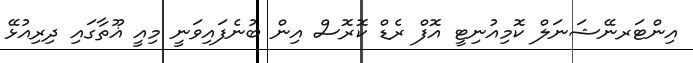
އިންޓަރނޭޝަނަލް ކޮމިއުނިޓީ އޮފް ރެޑް ކޮރޮސް އިން ބުނެފައިވަނީ މިއީ ޣޫތާގައި ދިރިއުޅޭ